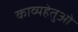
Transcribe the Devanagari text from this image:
काव्यहेतुओं